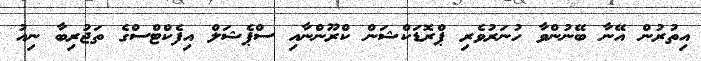
އިތުރުން އޭނާ ބޭނުންވާ ހުނަރުވެރި ޕްރޮޑަކްޝަން ކްރޫންނާއި ސްޕެޝަލް އިފެކްޓްސްގެ ތަޖުރިބާ ނިއު